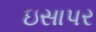
ઇસાપર